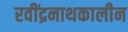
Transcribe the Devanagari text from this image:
रवींद्रनाथकालीन